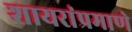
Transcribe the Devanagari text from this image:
शायरांप्रमाणे